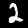
Label: 2